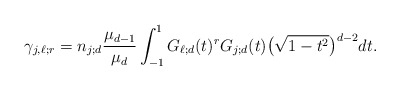
\begin{align*}\gamma_{j,\ell; r}=n_{j;d}\frac{\mu_{d-1}}{\mu_d}\int_{-1}^1 G_{\ell;d}(t)^r G_{j;d}(t)\big(\sqrt{1-t^2}\big)^{d-2} dt.\end{align*}